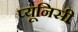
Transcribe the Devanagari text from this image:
प्यूनिसी